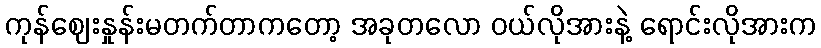
ကုန်ဈေးနှုန်းမတက်တာကတော့ အခုတလော ဝယ်လိုအားနဲ့ ရောင်းလိုအားက